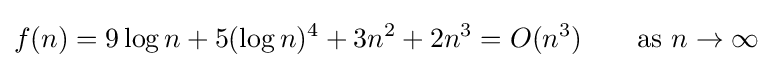
f(n)=9\log n+5(\log n)^{4}+3n^{2}+2n^{3}=O(n^{3})\qquad {\text{as }}n\to \infty